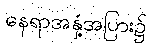
နေရာအနှံ့အပြား၌